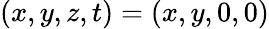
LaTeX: (x,y,z,t)=(x,y,0,0)